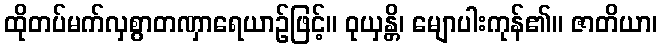
ထိုတပ်မက်လှစွာတဏှာရေယာဉ်ဖြင့်။ ဝုယှန္တိ၊ မျောပါးကုန်၏။ ဇာတိယာ၊